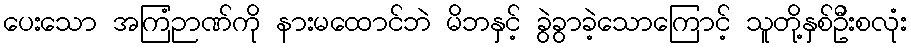
ပေးသော အကြံဉာဏ်ကို နားမထောင်ဘဲ မိဘနှင့် ခွဲခွာခဲ့သောကြောင့် သူတို့နှစ်ဦးစလုံး